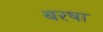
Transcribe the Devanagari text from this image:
बरषा